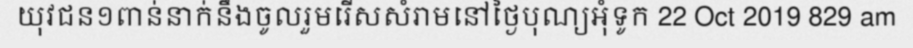
យុវជន១ពាន់នាក់នឹងចូលរួមរើសសំរាមនៅថ្ងៃបុណ្យអុំទូក 22 Oct 2019 829 am